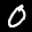
Label: 0